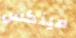
مينكس